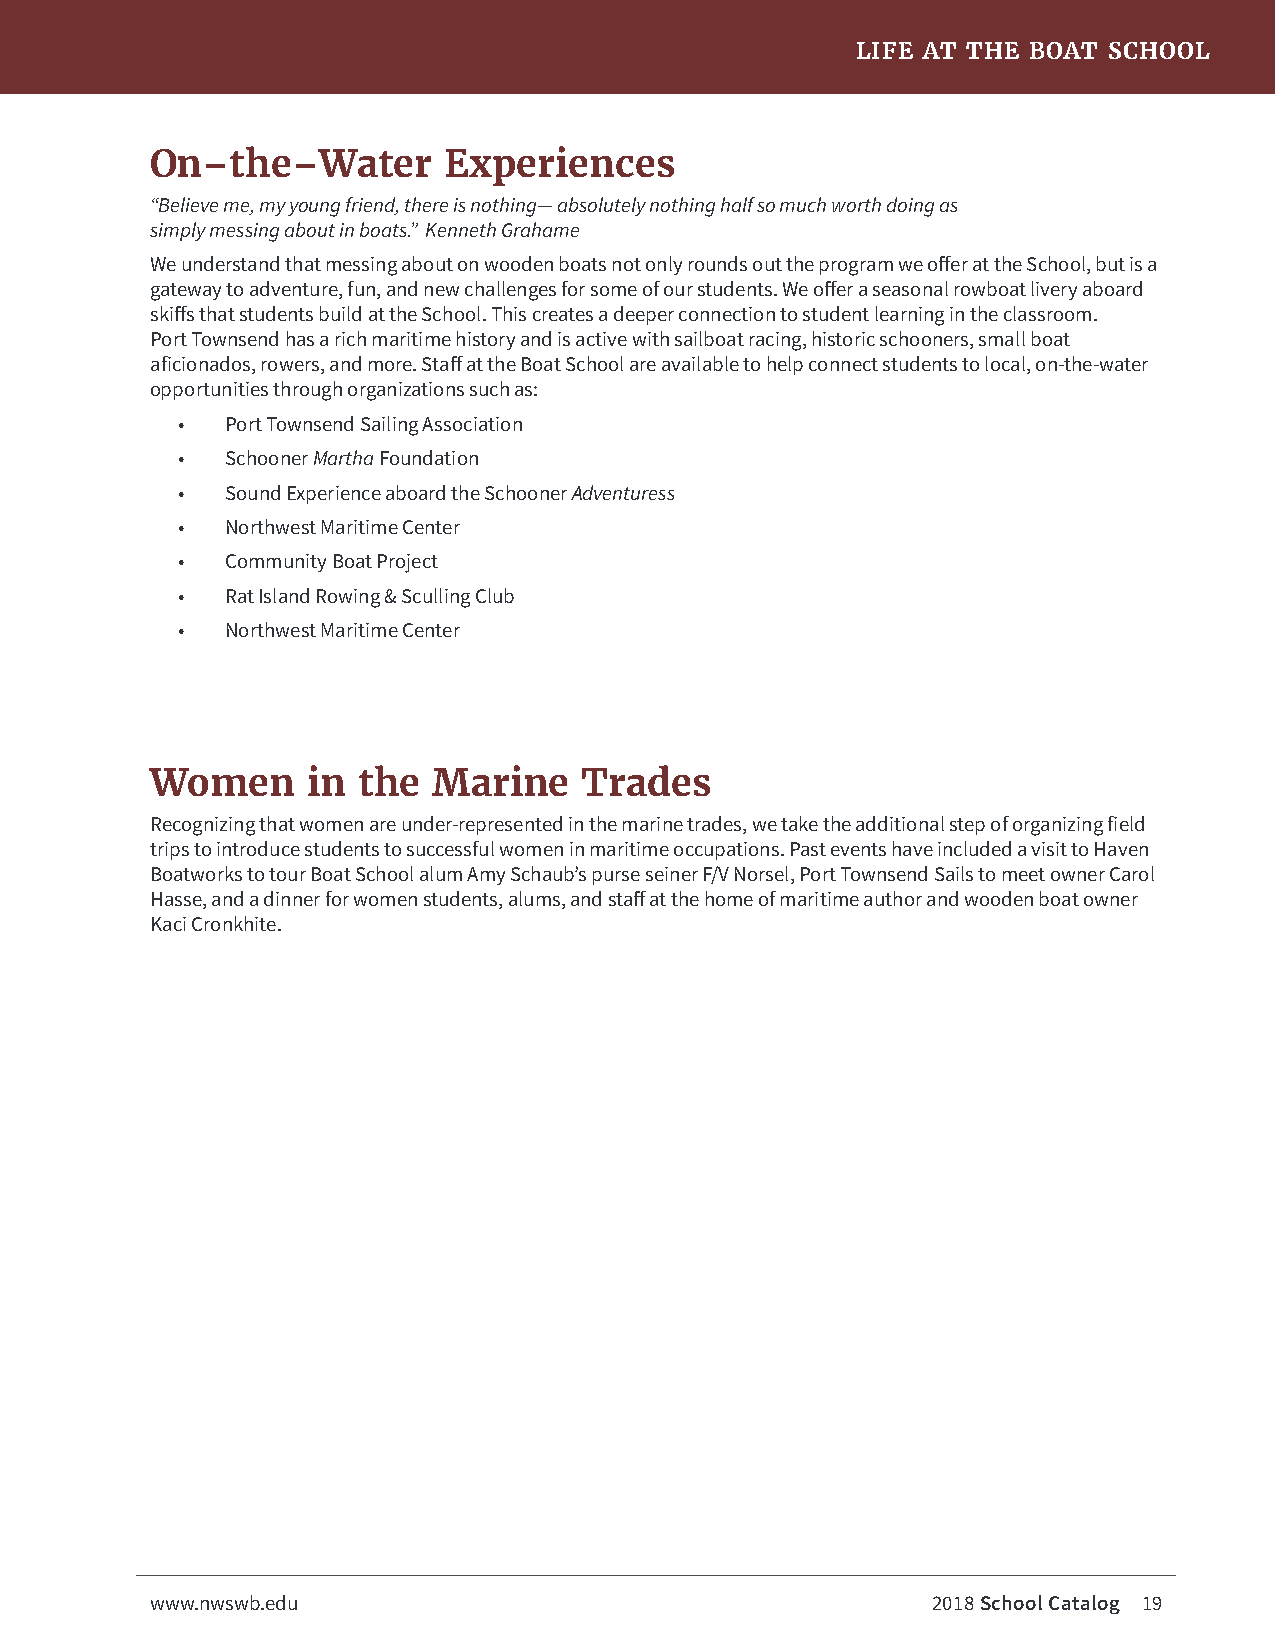
LIFE AT THE BOAT SCHOOL
 On–the–Water       Experiences
 “Believe me, my young friend, there is nothing— absolutely nothing half so much worth doing as
 simply messing about in boats.” Kenneth Grahame
 We understand that messing about on wooden boats not only rounds out the program we offer at the School, but is a
 gateway to adventure, fun, and new challenges for some of our students. We offer a seasonal rowboat livery aboard
 skiffs that students build at the School. This creates a deeper connection to student learning in the classroom.
 Port Townsend has a rich maritime history and is active with sailboat racing, historic schooners, small boat
 aficionados, rowers, and more. Staff at the Boat School are available to help connect students to local, on-the-water
 opportunities through organizations such as:
 •  Port Townsend Sailing Association
 •  Schooner Martha Foundation
 •  Sound Experience aboard the Schooner Adventuress
 •  Northwest Maritime Center
 •  Community Boat Project
 •  Rat Island Rowing & Sculling Club
 •  Northwest Maritime Center
 Women     in  the  Marine    Trades
 Recognizing that women are under-represented in the marine trades, we take the additional step of organizing field
 trips to introduce students to successful women in maritime occupations. Past events have included a visit to Haven
 Boatworks to tour Boat School alum Amy Schaub’s purse seiner F/V Norsel, Port Townsend Sails to meet owner Carol
 Hasse, and a dinner for women students, alums, and staff at the home of maritime author and wooden boat owner
 Kaci Cronkhite.
 www.nwswb.edu                                       2018 School Catalog 19